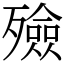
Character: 殮